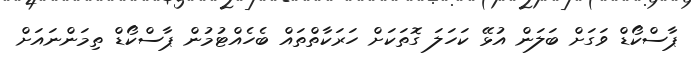
ޕާސްކޯޑް ވަގަށް ބަލަން އުޅޭ ކަހަލަ ގޮތަކަށް ހަރަކާތްތައް ބެހެއްޓުމުން ޕާސްކޯޑް ތިމަންނައަށް